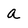
Character: a